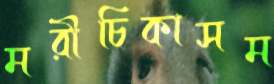
মরীচিকাসম